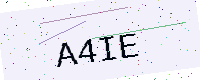
Text: A4IE